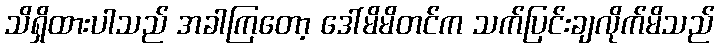
သိရှိထားပါသည် အခါကြတော့ ဒေါ်မိမိတင်က သက်ပြင်းချလိုက်မိသည်